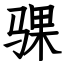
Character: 骒